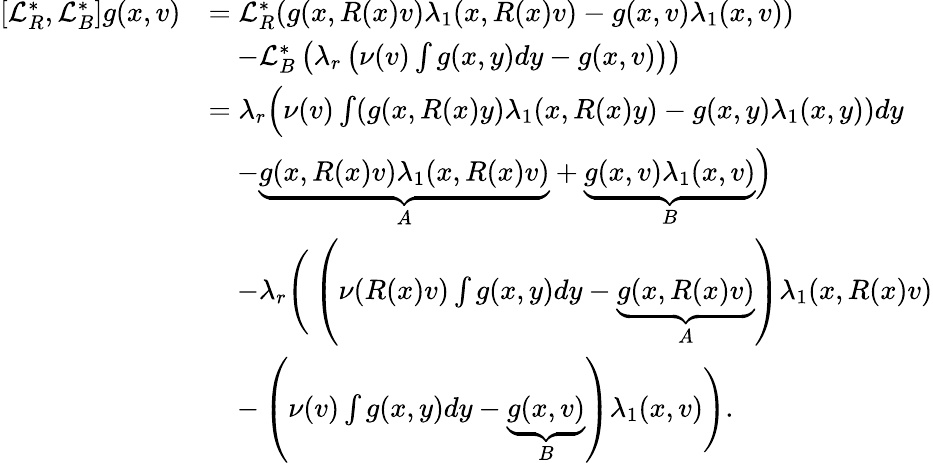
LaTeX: \begin{array}{rl}{[\mathcal{L}_{R}^{*},\mathcal{L}_{B}^{*}]g(x,v)}&{=\mathcal{L}_{R}^{*}(g(x,R(x)v)\lambda_{1}(x,R(x)v)-g(x,v)\lambda_{1}(x,v))}\\ &{\quad-\mathcal{L}_{B}^{*}\left(\lambda_{r}\left(\nu(v)\int g(x,y)dy-g(x,v)\right)\right)}\\ &{=\lambda_{r}\Big(\nu(v)\int(g(x,R(x)y)\lambda_{1}(x,R(x)y)-g(x,y)\lambda_{1}(x,y))dy}\\ &{\quad-\underbrace{g(x,R(x)v)\lambda_{1}(x,R(x)v)}_{A}+\underbrace{g(x,v)\lambda_{1}(x,v)}_{B}\Big)}\\ &{\quad-\lambda_{r}\Bigg(\left(\nu(R(x)v)\int g(x,y)dy-\underbrace{g(x,R(x)v)}_{A}\right)\lambda_{1}(x,R(x)v)}\\ &{\quad-\left(\nu(v)\int g(x,y)dy-\underbrace{g(x,v)}_{B}\right)\lambda_{1}(x,v)\Bigg).}\end{array}